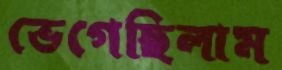
ভেগেছিলাম